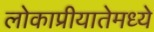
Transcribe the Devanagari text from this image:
लोकाप्रीयातेमध्ये